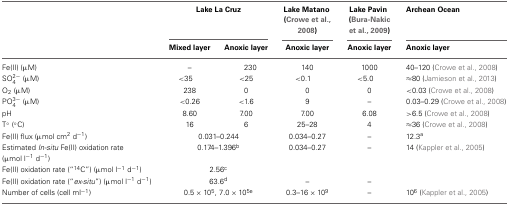
|  | <COLSPAN=2> Lake La Cruz | Lake Matano (Crowe et al., 2008) | Lake Pavin (Bura-Nakic et al., 2009) | Archean Ocean |
 |  | Mixed layer | Anoxic layer | Anoxic layer | Anoxic layer | Anoxic layer |
 | --- | --- | --- | --- | --- | --- |
 | Fe(II) (μM) | – | 230 | 140 | 1000 | 40–120 (Crowe et al., 2008) |
 | SO2−4 (μM) | <35 | <25 | <0.1 | <5.0 | ≈80 (Jamieson et al., 2013) |
 | O2 (μM) | 238 | 0 | 0 | 0 | <0.03 (Crowe et al., 2008) |
 | PO3−4 (μM) | <0.26 | <1.6 | 9 | – | 0.03–0.29 (Crowe et al., 2008) |
 | pH | 8.60 | 7.00 | 7.00 | 6.08 | >6.5 (Crowe et al., 2008) |
 | T° (°C) | 16 | 6 | 25–28 | 4 | ≈36 (Crowe et al., 2008) |
 | Fe(II) flux (μmol cm2 d−1) | <COLSPAN=2> 0.031–0.244 | 0.034–0.27 | – | 12.3a |
 | Estimated In-situ Fe(II) oxidation rate (μmol l−1 d−1) | <COLSPAN=2> 0.174–1.396b | 0.034–0.27 | – | 14 (Kappler et al., 2005) |
 | Fe(II) oxidation rate (“14C”) (μmol l−1 d−1) | <COLSPAN=2> 2.56c |  |  |  |
 | Fe(II) oxidation rate (“ex-situ”) (μmol l−1 d−1) | <COLSPAN=2> 63.6d | – | – |  |
 | Number of cells (cell ml−1) | <COLSPAN=2> 0.5 × 105, 7.0 × 105e | 0.3–16 × 109 | – | 106 (Kappler et al., 2005) |